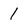
Character: 1